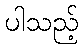
ပါသည့်